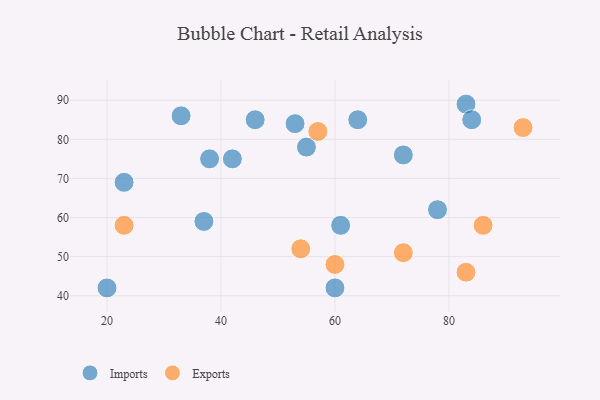
{"axis": {"x": "GDP", "y": "Life Expectancy"}, "legend": ["Exports", "Imports"], "data": [{"x": "55", "y": 78, "type": "Imports"}, {"x": "60", "y": 42, "type": "Imports"}, {"x": "23", "y": 69, "type": "Imports"}, {"x": "46", "y": 85, "type": "Imports"}, {"x": "72", "y": 76, "type": "Imports"}, {"x": "61", "y": 58, "type": "Imports"}, {"x": "38", "y": 75, "type": "Imports"}, {"x": "42", "y": 75, "type": "Imports"}, {"x": "20", "y": 42, "type": "Imports"}, {"x": "83", "y": 89, "type": "Imports"}, {"x": "84", "y": 85, "type": "Imports"}, {"x": "78", "y": 62, "type": "Imports"}, {"x": "33", "y": 86, "type": "Imports"}, {"x": "53", "y": 84, "type": "Imports"}, {"x": "64", "y": 85, "type": "Imports"}, {"x": "37", "y": 59, "type": "Imports"}, {"x": "83", "y": 46, "type": "Exports"}, {"x": "57", "y": 82, "type": "Exports"}, {"x": "23", "y": 58, "type": "Exports"}, {"x": "86", "y": 58, "type": "Exports"}, {"x": "54", "y": 52, "type": "Exports"}, {"x": "60", "y": 48, "type": "Exports"}, {"x": "93", "y": 83, "type": "Exports"}, {"x": "72", "y": 51, "type": "Exports"}]}